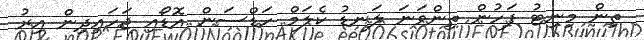
ތިން މިނިޓު ފަހުން ތިންވަނަ ލަނޑު ކެލަމް ހަޑްސަން އޮޑޯއި ޖަހައިދިން އިރު